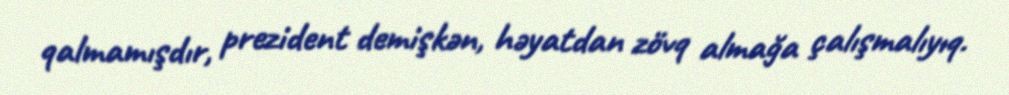
qalmamışdır, prezident demişkən, həyatdan zövq almağa çalışmalıyıq.